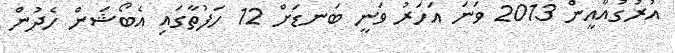
އުރުގުއާއީން 2013 ވަނަ އަހަރު ވަނީ ބަނޑަށް 12 ހަފުތާގައި އެބޯޝަން ހެދުން